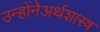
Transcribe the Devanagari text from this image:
उन्होंनेअर्थशास्त्र